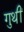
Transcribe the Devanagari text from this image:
गुथीं